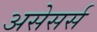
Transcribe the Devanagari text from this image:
असेसर्स